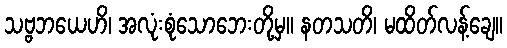
သဗ္ဗဘယေဟိ၊ အလုံးစုံသောဘေးတို့မှ။ နတသတိ၊ မထိတ်လန့်ချေ။